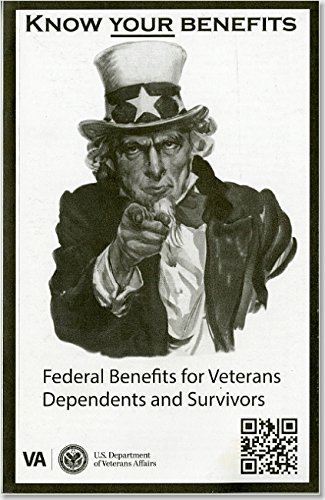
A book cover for Federal Benefits for Veterans, Dependents and Survivors 2014; Business & Money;